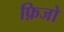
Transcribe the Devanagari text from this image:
फ़िजो